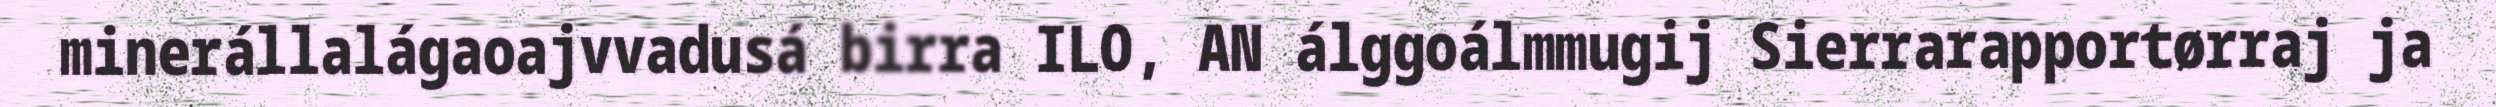
minerállalágaoajvvadusá birra ILO, AN álggoálmmugij Sierrarapportørraj ja